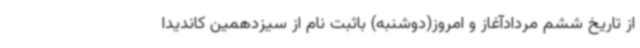
از تاریخ ششم مردادآغاز و امروز(دوشنبه) باثبت نام از سیزدهمین کاندیدا